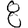
Digit: 8